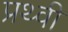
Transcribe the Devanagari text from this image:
प्रथ्‍वी